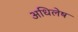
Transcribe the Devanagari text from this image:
अधिलेष